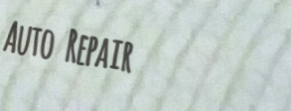
Auto Repair